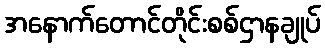
အနောက်တောင်တိုင်းစစ်ဌာနချုပ်